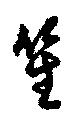
笙